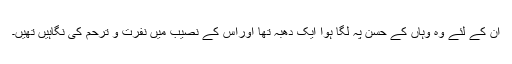
ان کے لئے وہ وہاں کے حسن پہ لگا ہوا ایک دھبہ تھا اوراس کے نصیب میں نفرت و ترحم کی نگاہیں تھیں۔